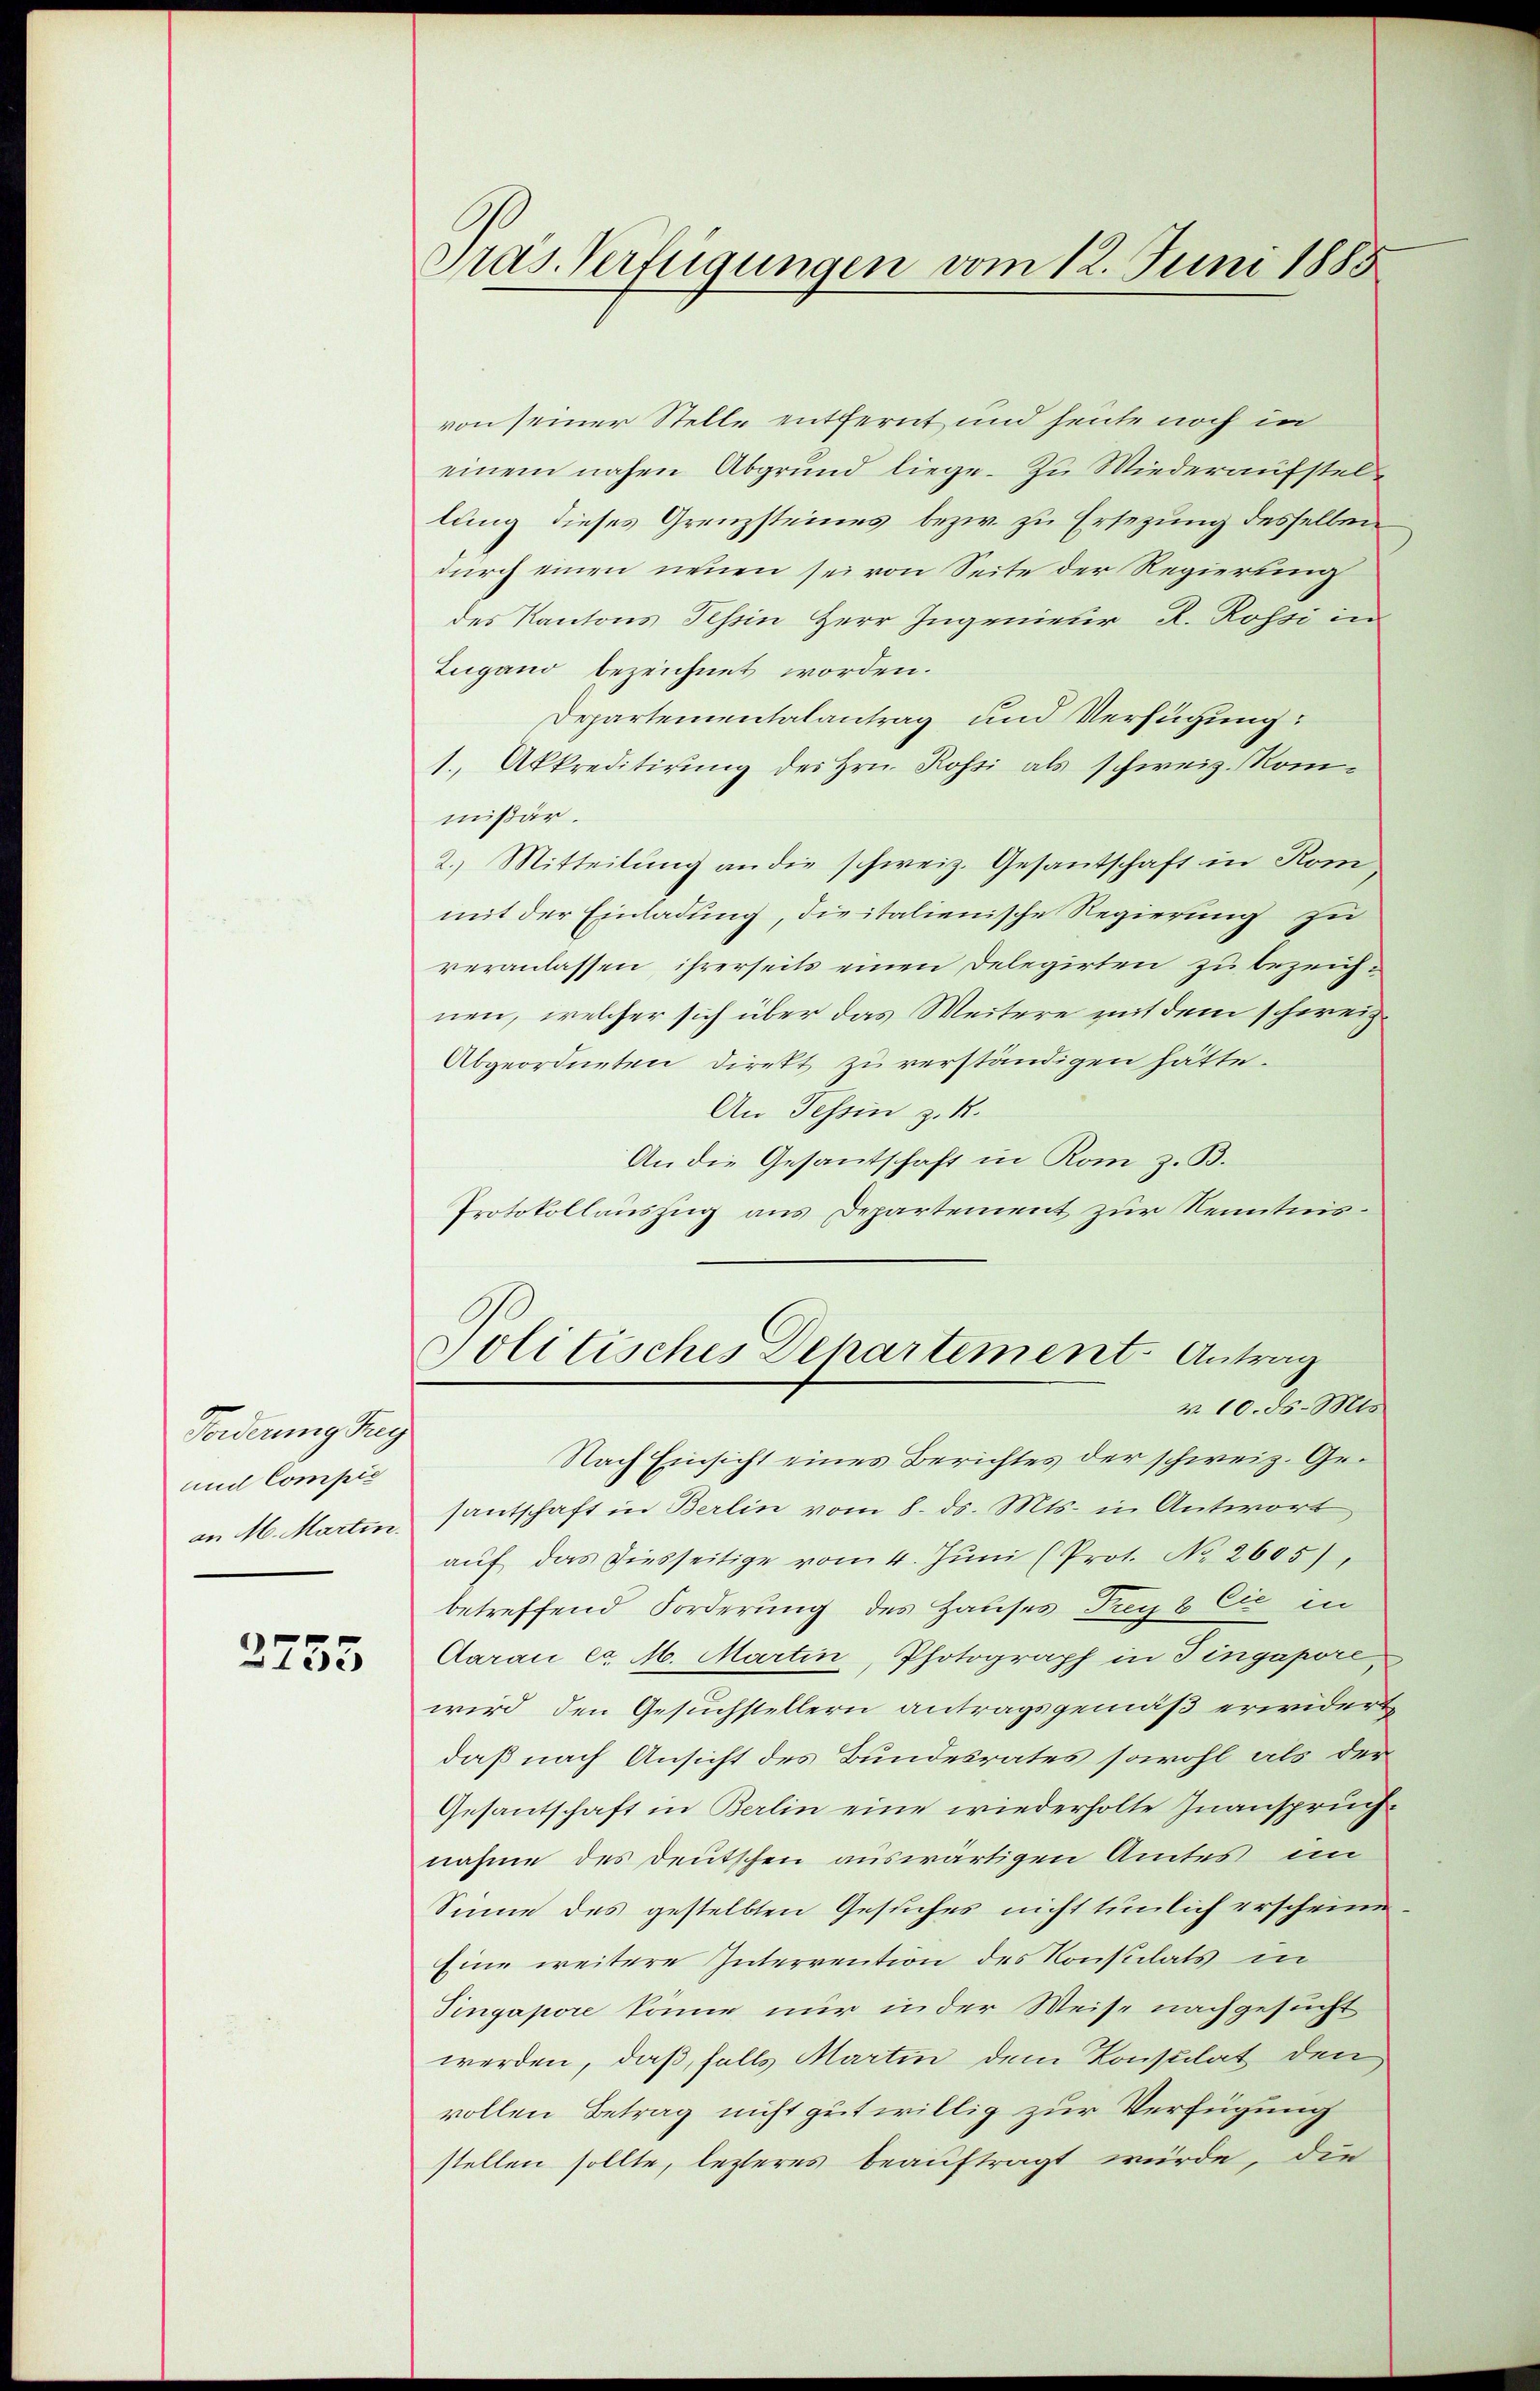
Forderung reg
und Compić
an M. Martin.

3255

Pras. Verfügungen vom 12. Juni 1885

von seiner Stelle entfernt und heute noch in
einem nahen Abgrund liege. Zu Wiederaufstellung dieses Grenzsteines bezw. zu Ersezung desselben
durch einen neuen sei von Seite der Regierung
des Kantons Tessin Herr Ingenieur R. Rossi in
Zugano bezeichnet worden.
Departementalantrag und Verfügung:
1. Akkreditirung des Hrn. Rossi als schweiz. Rommißär.
2.) Mitteilung an die schweiz. Gesantschaft in Rom
mit der Einladung, die italienische Regierung zu
veranlassen, ihrerseits einen Delegirten zu bezeichnen, welcher sich über das Weitere mit dem schweiz.
Abgeordneten Direkt zu verständigen hätte.
An Tessin z. R.
An die Gesantschaft in Rom z. B.
Protokollauszug aus Departement zur Kenntnis¬
Jolitisches Departement. Antrag
§. 10. ds. Mts.
Nach Einsicht eines Berichtes der schweiz. Gesantschaft in Berlin vom 8. ds. Mts. in Antwort
aŭf das diesseitige vom 4. Jŭni (Prot. No. 2605),
betreffend Forderung des Hauses Frey 8 Cie in
Aarau l. M. Martin, Photograph in Tingapore
wird, den Gesuchstellern antragsgemäß erwidert
daß nach Ansicht des Bundesrates sowohl als der
Gesantschaft in Berlin eine wiederholte Inanspruchnahme des Deutschen auswärtigen Amtes im
Sinne des gestellten Gesuches nicht tunlich erschein¬
Eine weitere Interrention des Konstilats in
Tingapore könne nur in der Weise nachgesucht
werden, daß, falls Martin dem Konsulat den
vollen Betrag nicht gut willig zur Verfügung
stellen sollte, lezteres beauftragt würde, die